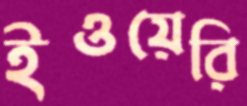
ইওয়েরি